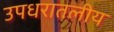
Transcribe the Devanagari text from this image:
उपधरातलीय